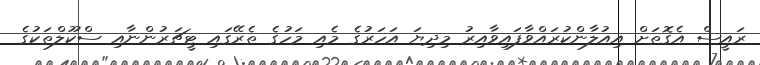
ރައީސް އެގޮތަށް އިއުލާންކުރައްވާފައިވާއިރު މިދިޔަ އަހަރުގެ މެއި މަހުގެ ތެރޭގައި ޓީޗަރުންނާއި ސްކޫލްތަކުގެ